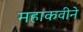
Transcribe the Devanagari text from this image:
महाकवीने